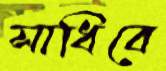
সাধিবে